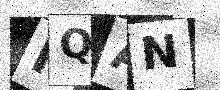
Text: HQAN